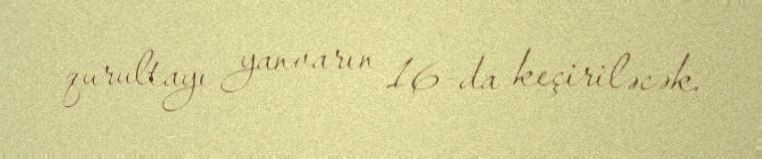
qurultayı yanvarın 16-da keçiriləcək.